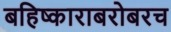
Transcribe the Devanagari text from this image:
बहिष्काराबरोबरच